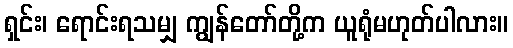
ရှင်း၊ ရောင်းရသမျှ ကျွန်တော်တို့က ယူရုံမဟုတ်ပါလား။